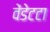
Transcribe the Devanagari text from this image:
वेंडेटटा